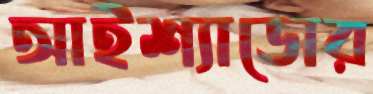
আইশ্যাডোর